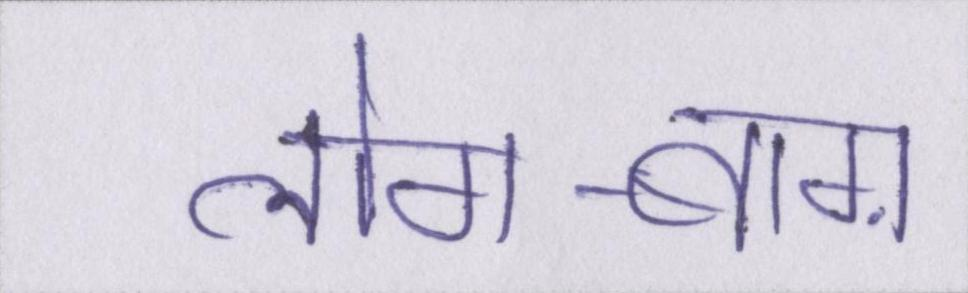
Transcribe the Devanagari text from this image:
लोग-बाग़